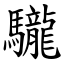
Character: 䮾